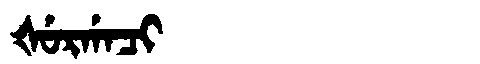
Manchu: ᡧᡠᡵᡤᠠᠴᡳ
Romanization: ŠURGACI